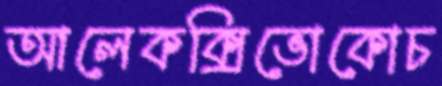
আলেকক্সিভোকোচ